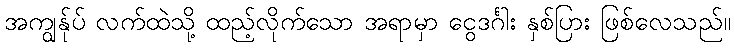
အကျွန်ုပ် လက်ထဲသို့ ထည့်လိုက်သော အရာမှာ ငွေဒင်္ဂါး နှစ်ပြား ဖြစ်လေသည်။